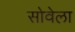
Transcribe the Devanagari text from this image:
सोवेला